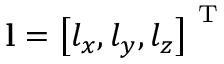
\mathbf { l } = \left[ l _ { x } , l _ { y } , l _ { z } \right] ^ { \mathrm { ~ T ~ } }